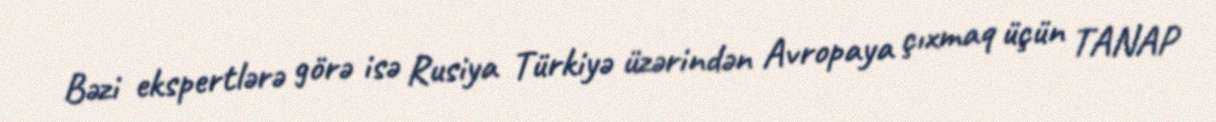
Bəzi ekspertlərə görə isə Rusiya Türkiyə üzərindən Avropaya çıxmaq üçün TANAP